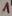
Text: 1